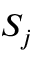
S _ { j }